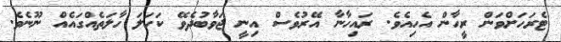
ޓެރަހަށްވަން ރީހާން އެހިއެވެ. ރައިހާނާ އޭރުވެސް އިނީ ޖަވާބުދެވޭ ކަހަލަ ހާލަތެއްގައެއް ނޫނެވެ.